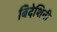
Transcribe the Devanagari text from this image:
बिदेशिनी